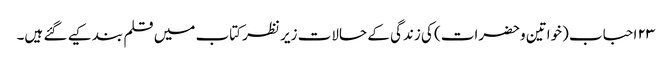
۲۳ احباب (خواتین وحضرات) کی زندگی کے حالات زیر نظر کتاب میں قلم بند کیے گئے ہیں۔